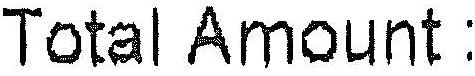
TOTAL AMOUNT: